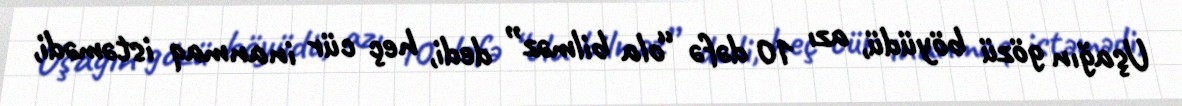
Uşağın gözü böyüdü, azı 10 dəfə “ola bilməz” dedi, heç cür inanmaq istəmədi,